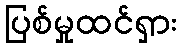
ပြစ်မှုထင်ရှား